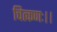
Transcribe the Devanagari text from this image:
चित्कणः।।